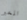
المخبر